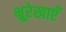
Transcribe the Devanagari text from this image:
भ्रूरेखाएँ